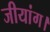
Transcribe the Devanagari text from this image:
जीयांग।